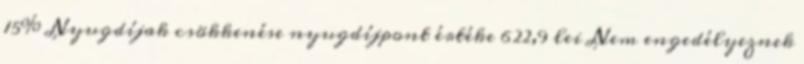
15% Nyugdíjak csökkenése nyugdíjpont értéke 622,9 lei Nem engedélyeznek